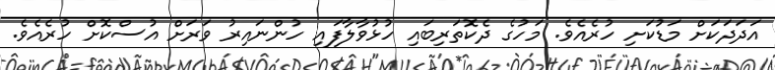
އަދަދަކަށް މަޑުކަށި ހުރެއެވެ. މަހުގެ ދެކޮތަރިބައި ހުޅުވާލާފައި ހުންނައިރު ވަރަށް އުސްކޮށް ހުރެއެެވެ.